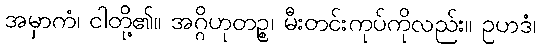
အမှာကံ၊ ငါတို့၏။ အဂ္ဂိဟုတဉ္စ၊ မီးတင်းကုပ်ကိုလည်း။ ဥဟဒံ၊